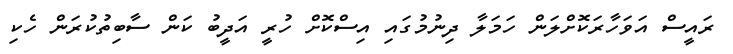
ރައީސް އަވަހާރަކޮށްލަން ހަމަލާ ދިނުމުގައި އިސްކޮށް ހުރީ އަދީބު ކަން ސާބިތުކުރަން ހެކި